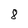
Character: 8